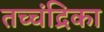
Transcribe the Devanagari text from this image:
तच्‍चंद्रिका